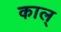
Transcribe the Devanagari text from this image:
काल्